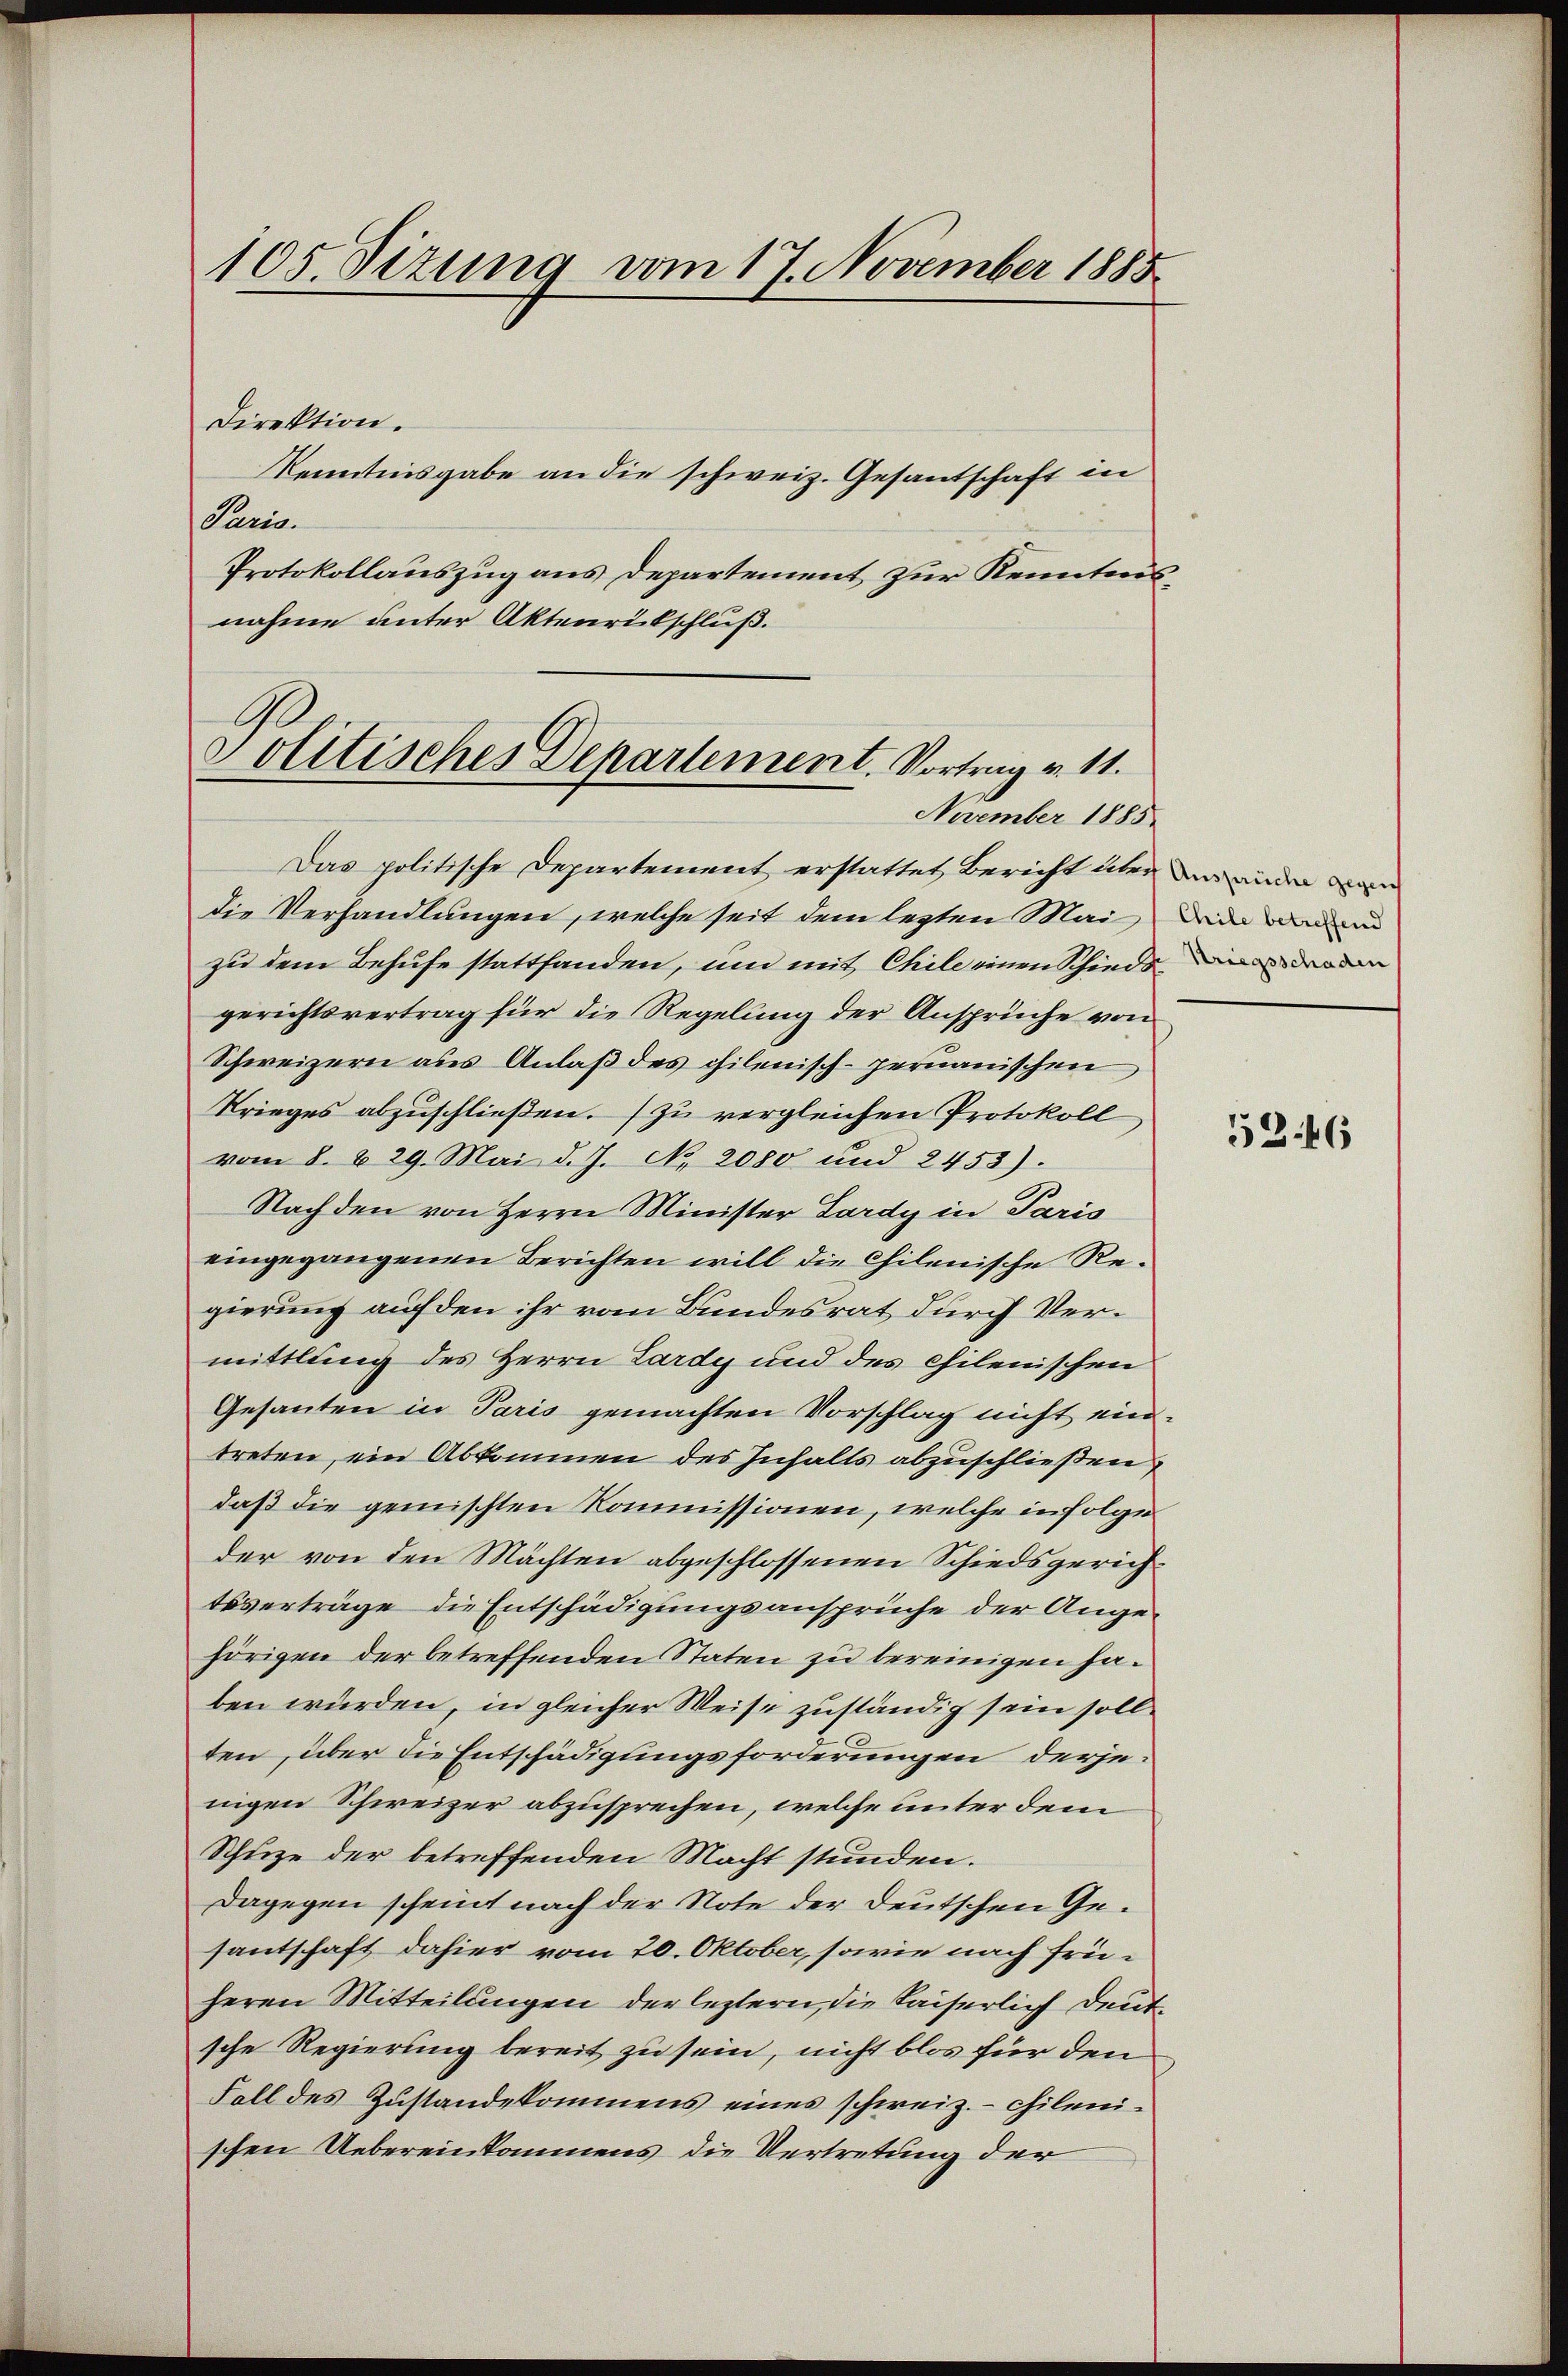
105. Sizung vom 17. November 1885

Direktion.
Kenntnisgabe an die schweiz. Gesantschaft in
Paris.
Protokollauszug aus Departement zur Kenntnisnahme unter Aktenrütschluß.
Das politische Departement erstattet Bericht über
die Verhandlungen, welche seit dem lezten Mai
zu dem Behufe stattfanden, und mit Chile einen Schiede in den
gerichtsvertrag für die Regelung der Ansprüche von
Schweizern aus Anlaß des chilenisch-peruanischen
Krieges abzuschließen.) zu vergleichen Protokoll
vom 8. 629. Mai d. J. No. 2080 und 2453).
Nachden von Herrn Minister Lardy in Paris
eingegangenen Berichten will die Chilenische Regierung auf den ihr vom Bundesrat durch Vermittlung des Herrn Lardy und des chilenischen
Gesanten in Paris gemachten Vorschlag nicht ein
treten, ein Abkommen des Inhalts abzuschließen
daß die gemischten Kommissionen, welche infolge
der von den Mächten abgeschlossenen Schiedsgerichtsverträge die Entschädigungsansprüche der Angehörigen der betreffenden Staten zu bereinigen haben würden, in gleicher Weise zuständig sein sollten, über die Entschädigungsforderungen derjenigen Schweizer abzusprechen, welche unter dem
Schuze der betreffenden Macht stunden.
Dagegen scheint nach der Note der Deutschen Gesantschaft dahier vom 20. Oktober, sowie nach früheren Mitteilungen der leztern, die Kaiserlich deutsche Regierung bereit zu sein, nicht blos für den
Fall des Zustandekommens eines schweiz. - chilenischen Uebereinkommens die Vertretung der

Solitisches Departement. Vortrag v. 11.
November 1885

Ansprüche gegen
Chile betreffend

5346